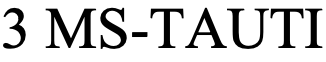
3 MS-TAUTI